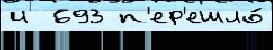
и  693 п'ер'ешло́